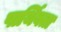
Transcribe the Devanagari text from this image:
पार्थिवता